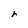
Character: r